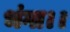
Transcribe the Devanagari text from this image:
भंगा।।